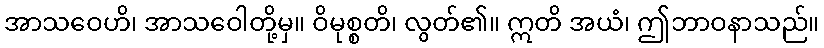
အာသဝေဟိ၊ အာသဝေါတို့မှ။ ဝိမုစ္စတိ၊ လွတ်၏။ ဣတိ အယံ၊ ဤဘာဝနာသည်။